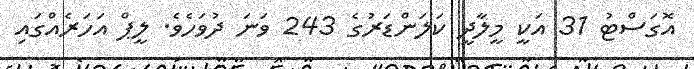
އޮގަސްޓު 31 އަކީ މީލާދީ ކަލަންޑަރުގެ 243 ވަނަ ދުވަހެވެ. ލީޕް އަހަރެއްގައި